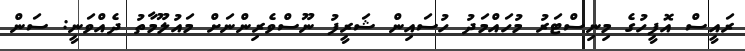
ރައީސް އޮފީހުގެ މިނިސްޓަރު މުހައްމަދު ހުސައިން ޝަރީފު ނޫސްވެރިންނަށް މައުލޫމާތު ދެއްވަނީ: ސަން